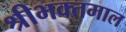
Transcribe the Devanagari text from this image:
श्रीभक्तमाल